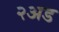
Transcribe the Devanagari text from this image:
२अड